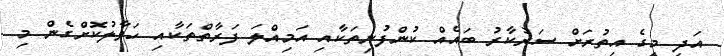
އަދި މީގެ އިތުރަށް ސަރުކާރު ބައެއް ކުންފުނިިތަކާއި އަމިއްލަ ފަރާތްތަކާއި ހަވާލުކޮށްގެން މި